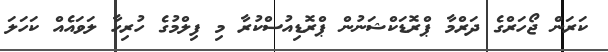
ކަރަން ޖޯހަރްގެ ދަރްމާ ޕްރޮޑަކްޝަނުން ޕްރޮޑިއުސްކުރާ މި ފިލްމުގެ ހުރިހާ ލަވައެއް ކަހަލަ